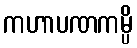
ကဟာပဏကမ္ပိ